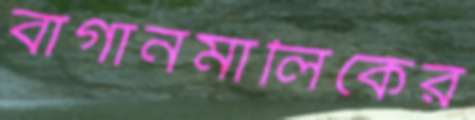
বাগানমালিকের